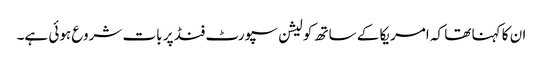
ان کا کہنا تھا کہ امریکا کے ساتھ کولیشن سپورٹ فنڈ پر بات شروع ہوئی ہے۔